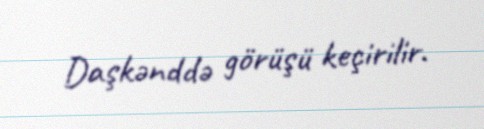
Daşkənddə görüşü keçirilir.